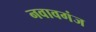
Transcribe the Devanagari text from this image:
नवावगंज